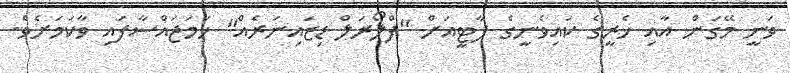
ވަނީ މޭގަން އާއި ހެރީގެ ކައިވެނީގެ ޕާޓީއަށް "ފްލޯރަލް ޑިޒައިނަރެއް" ހަމަޖައްސާފައި ވާކަމަށެވެ.